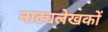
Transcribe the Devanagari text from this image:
नाट्यलेखकों